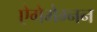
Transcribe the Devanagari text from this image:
ऐगेमेम्नन